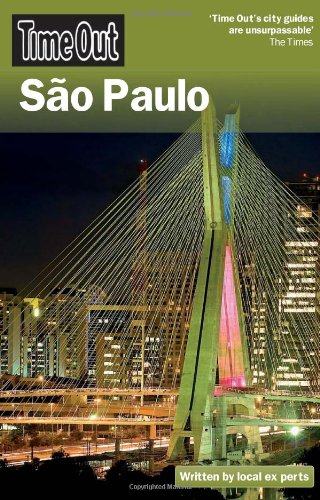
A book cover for Time Out SÃ£o Paulo (Time Out Guides); Travel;